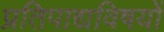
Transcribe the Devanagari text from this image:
प्रतिपाद्यविषयों